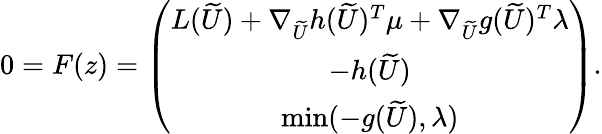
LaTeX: \begin{array}{r}{0=F(z)=\left(\begin{array}{cc}{L(\widetilde{U})+\nabla_{\widetilde{U}}h(\widetilde{U})^{T}\mu+\nabla_{\widetilde{U}}g(\widetilde{U})^{T}\lambda}\\ {-h(\widetilde{U})}\\ {\operatorname*{min}(-g(\widetilde{U}),\lambda)}\end{array}\right).}\end{array}